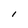
Character: I